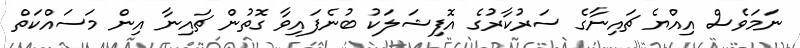
ނަމަވެސް އިއްޔެ ޗައިނާގެ ސަރުކާރުގެ އޮފިޝަލަކު ބުނެފައިވާ ގޮތުން ޗައިނާ އިން މަސައްކަތް